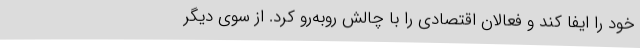
خود را ایفا کند و فعالان اقتصادی را با چالش روبه‌رو کرد. از سوی دیگر